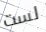
لست